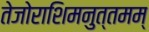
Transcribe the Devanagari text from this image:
तेजोराशिमनुत्तमम्